Document type: Dowry
Year: 1238
Scribe: Berenguer Jaume
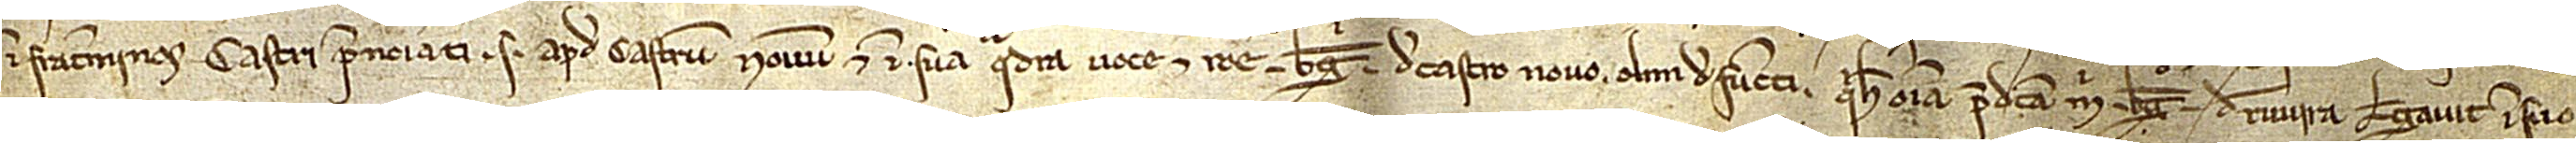
infra terminos castri prenominati, scilicet, apud Castrum Novum et in sua quadra, voce et ratione Berengarii de Castro Novo, olim defuncti. Quia hec omnia predicta mihi Berengario de Ruvira legavit in suo